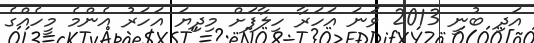
އަދި ބުނީ 2013 ވަނަ އަހަރާ ހިލާފަށް މިދިޔަ އަހަރު އެންމެ މީހެއްގެ